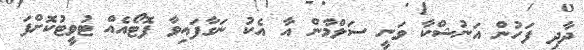
ދާދި ފަހުން އަނުޝްކާ ވަނީ ސަލްމާން އާ އެކު ނަގާފައިވާ ފޮޓޯއެއް ޓުވީޓުކޮށްފަ